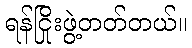
ရန်ငြိုးဖွဲ့တတ်တယ်။